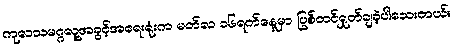
ကုလသမဂ္ဂလူ့အခွင့်အရေးရုံးက မတ်လ ၁၆ရက်နေ့မှာ ပြစ်တင်ရှုတ်ချခဲ့ပါသေးတယ်။